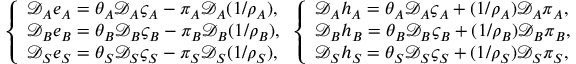
\left\{ \begin{array} { l l } { \mathcal { D } _ { A } e _ { A } = \theta _ { A } \mathcal { D } _ { A } \varsigma _ { A } - \pi _ { A } \mathcal { D } _ { A } ( 1 / { \rho _ { A } } ) , } \\ { \mathcal { D } _ { B } e _ { B } = \theta _ { B } \mathcal { D } _ { B } \varsigma _ { B } - \pi _ { B } \mathcal { D } _ { B } ( 1 / { \rho _ { B } } ) , } \\ { \mathcal { D } _ { S } e _ { S } = \theta _ { S } \mathcal { D } _ { S } \varsigma _ { S } - \pi _ { S } \mathcal { D } _ { S } ( 1 / { \rho _ { S } } ) , } \end{array} \right. \left\{ \begin{array} { l l } { \mathcal { D } _ { A } h _ { A } = \theta _ { A } \mathcal { D } _ { A } \varsigma _ { A } + ( 1 / { \rho _ { A } } ) \mathcal { D } _ { A } \pi _ { A } , } \\ { \mathcal { D } _ { B } h _ { B } = \theta _ { B } \mathcal { D } _ { B } \varsigma _ { B } + ( 1 / { \rho _ { B } } ) \mathcal { D } _ { B } \pi _ { B } , } \\ { \mathcal { D } _ { S } h _ { S } = \theta _ { S } \mathcal { D } _ { S } \varsigma _ { S } + ( 1 / { \rho _ { S } } ) \mathcal { D } _ { S } \pi _ { S } , } \end{array} \right.